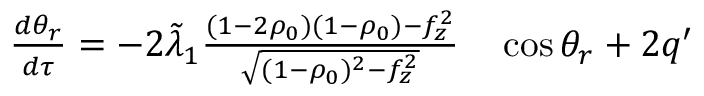
\begin{array} { r l } { \frac { d \theta _ { r } } { d \tau } = - 2 \Tilde { \lambda } _ { 1 } \frac { ( 1 - 2 \rho _ { 0 } ) ( 1 - \rho _ { 0 } ) - f _ { z } ^ { 2 } } { \sqrt { ( 1 - \rho _ { 0 } ) ^ { 2 } - f _ { z } ^ { 2 } } } } & { { } \cos \theta _ { r } + 2 q ^ { \prime } } \end{array}